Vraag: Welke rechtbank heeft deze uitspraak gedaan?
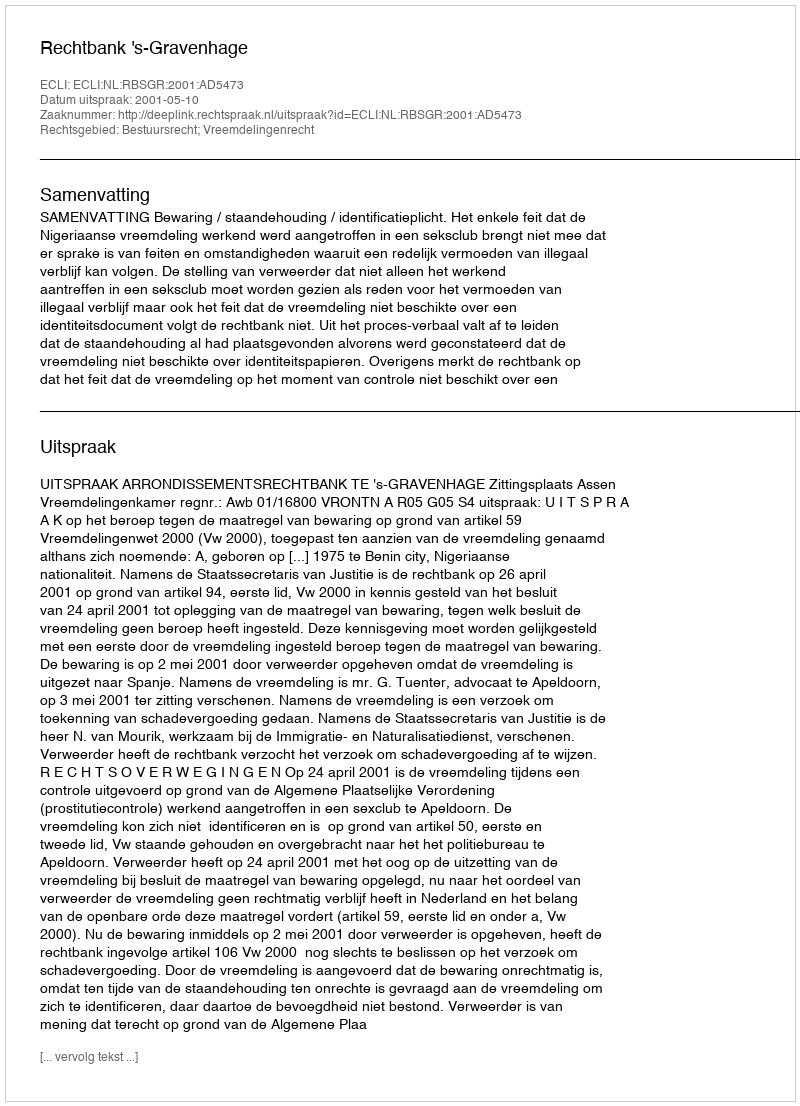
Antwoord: Rechtbank 's-Gravenhage